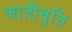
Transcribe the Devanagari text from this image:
जातीवृति